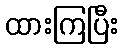
ထားကြပြီး